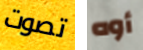
تصوت أوه